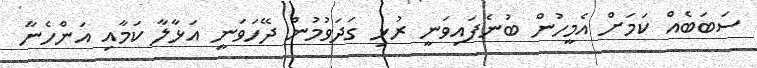
ސަބަބެއް ކަމަށް އެމީހުން ބުނެފައިވަނީ ރުޅި ގަދަވުމުން ދޭހަވަނީ އަޅާލާ ކަމާއި އަންހެނާ